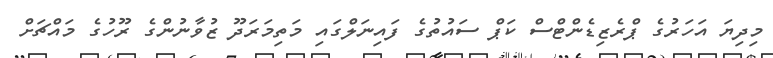
މިދިޔަ އަހަރުގެ ޕްރެޒިޑެންޓްސް ކަޕް ސައުތުގެ ފައިނަލްގައި މަތިމަރަދޫ ޒުވާނުންގެ ރޫހުގެ މައްޗަށް